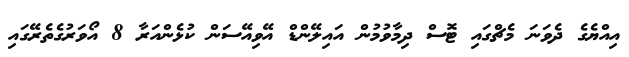
އިއްޔެގެ ދެވަނަ މެޗްގައި ޓޮސް ދިމާވުމުން އައިލޭންޑް އޭވިއޭސަން ކުޅެންއަރާ 8 އޯވަރުގެތެރޭގައި